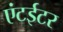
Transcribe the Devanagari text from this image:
एंटईटर